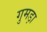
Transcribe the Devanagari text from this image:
गुमड़ा